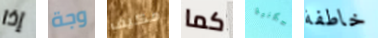
إذا وجة مكيف كما السكنية خاطفة